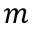
m